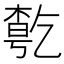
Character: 𠄃